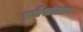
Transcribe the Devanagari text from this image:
प्रवेशोत्सव